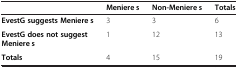
<table><thead><tr><td></td><td><b>Meniere’s</b></td><td><b>Non-Meniere’s</b></td><td><b>Totals</b></td></tr></thead><tbody><tr><td><b>EvestG suggests Meniere’s</b></td><td>3</td><td>3</td><td>6</td></tr><tr><td><b>EvestG does not suggest Meniere’s</b></td><td>1</td><td>12</td><td>13</td></tr><tr><td><b>Totals</b></td><td>4</td><td>15</td><td>19</td></tr></tbody></table>